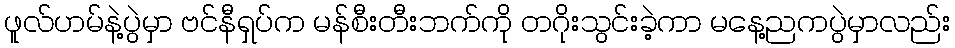
ဖူလ်ဟမ်နဲ့ပွဲမှာ ဗင်နီရှပ်က မန်စီးတီးဘက်ကို တဂိုးသွင်းခဲ့ကာ မနေ့ညကပွဲမှာလည်း